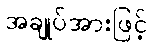
အချုပ်အားဖြင့်